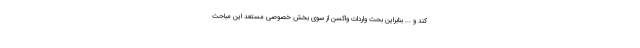
کند و ... بنابراین بحث واردات واکسن از سوی بخش خصوصی مستعد این مباحث